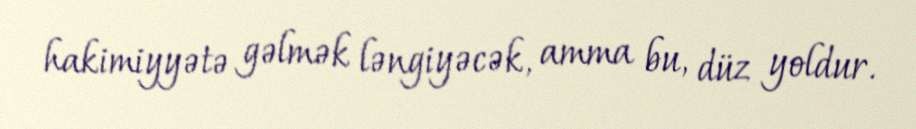
hakimiyyətə gəlmək ləngiyəcək, amma bu, düz yoldur.